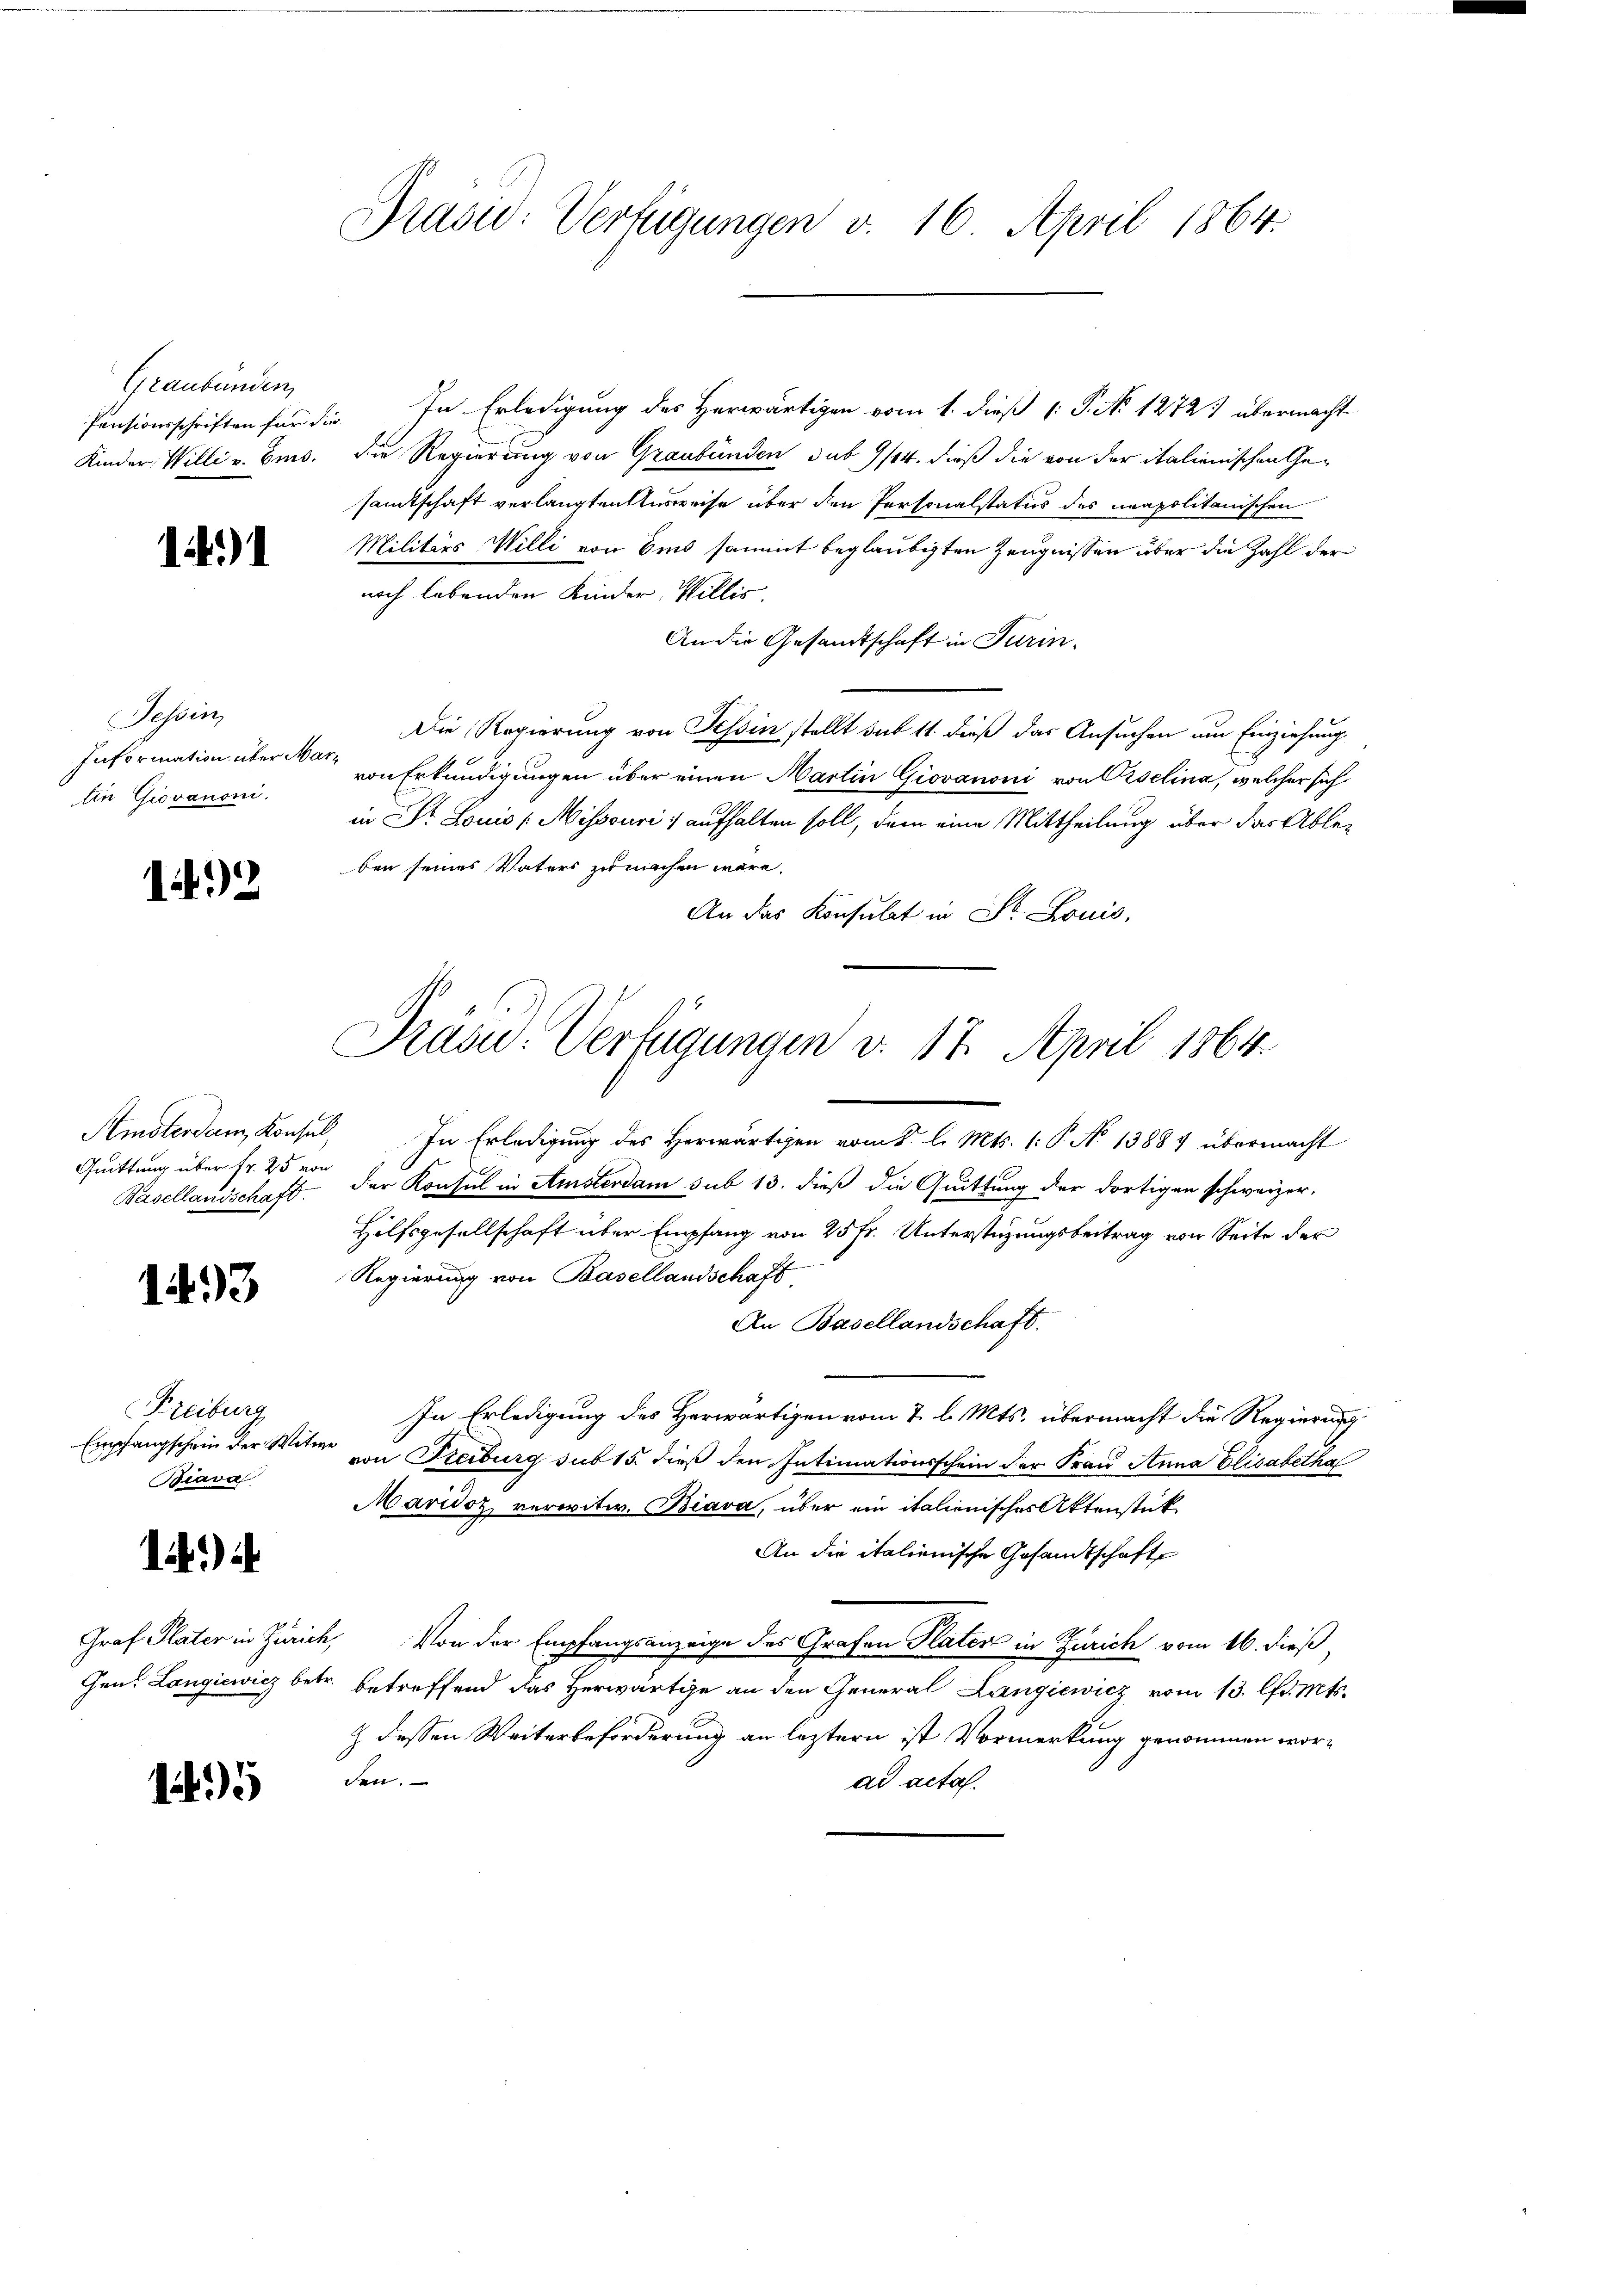
Graubünden,

1)

Tessin,
Information über Martin Giovanoni.

142

Quittung über fr. 25 von
Basellandschaft.

1433

Freiburg
Biava

)

15

Prasic: Verfügungen v. 16. April 1864.

Pensionsschriften für die In Erledigung des Herwärtigen vom 1. dieß 1: P. No 1272) übermacht
Kinder Willi v. Ems. die Regierung von Graubünden sub 9/14. dieß die von der italienischen Gesamtschaft verlangten Ausweise über den Personalstatus des neapolitanischen
Militärs Willi von bis sammt beglaubigten Zeugnissen über die Zahl der
noch lebenden Kinder, Willis,
An die Gesandtschaft in Turin.
Die Regierung von Tessin stellt sub 11 dieß das Ansuchen am Einziehung
von Erkundigungen über einen Martin Giovanoni von Piselina, welcher sich
in Dr. Louis (Mihsouri / aufhalten soll, dem eine Mittheilung über das Ableben seines Vaters zu machen wäre.
An das Konsulat in Dr. Louis,

Präsid. Verfügungen v. 17. April 1864.

Amsterdam Konsul, In Erledigung des Herwärtigen vom 2. l. Mts. (: P. No 13884 übermacht
der Konsul in Amsterdam sub 13. dieß die Quittung der dortigen schweizer-
Hilfsgesellschaft über Empfang von 25 Fr. Unterstüzungsbeitrag von Seite der
Regierung von Basellandschaft,
An Basellandschaft.
In Erledigung des Herwärtigen vom 2. l. Mts. übermacht die Regierung
Empfangschein der Witwe von Steiburg sub 15. dieß den Intimationsschein der Frau Anna Elisabetha
Maridoz verwitw. Biava, über ein italienisches Aktenstük¬
An die italienische Gesandtschafte
Graf Plater in Zürich, Von der Empfangsanzeige des Grafen Plater in Zürich vom 16. dieß
Gen. Langiewicz betr. betreffend das Herwärtige an den General Langiewicz vom 13. Chr. Mts.
Z dessen Weiterbeforderung an letztern ist Vormerkung genommen worden.
ad acta.